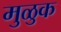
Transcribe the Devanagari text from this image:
मुळुक